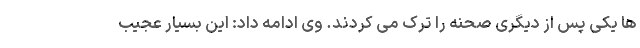
ها یکی پس از دیگری صحنه را ترک می کردند. وی ادامه داد: این بسیار عجیب